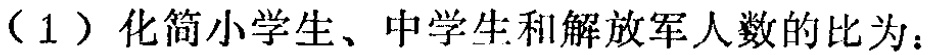
（1）化简小学生、中学生和解放军人数的比为：